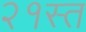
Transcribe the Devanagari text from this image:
२१स्त